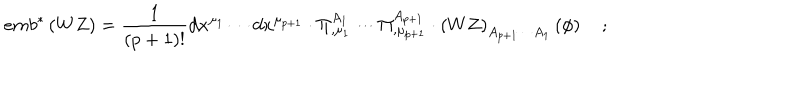
LaTeX: e m b ^ { * } \left( W Z \right) = \frac 1 { \left( p + 1 \right) ! } d x ^ { \mu _ { 1 } } \cdots d x ^ { \mu _ { p + 1 } } \cdot \Pi _ { , \mu _ { 1 } } ^ { A _ { 1 } } \cdots \Pi _ { , \mu _ { p + 1 } } ^ { A _ { p + 1 } } \cdot \left( W Z \right) _ { A _ { p + 1 } \cdots A _ { 1 } } \left( \phi \right) \quad ;